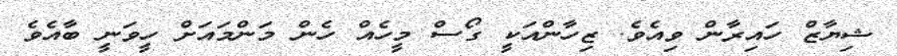
ޝިޔާޒް ހައިރާން ވިއެވެ. ޒިހާންއަކީ ގޯސް މީހެއް ހެން މަންމައަށް ހީވަނީ ބާއެވެ